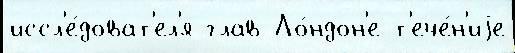
иссл'е́доват'ел'я глав Ло́ндон'е т'ече́н'иjе